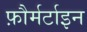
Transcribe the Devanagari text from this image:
फ़ौर्मर्टाइन